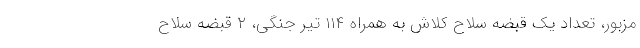
مزبور، تعداد یک قبضه سلاح کلاش به همراه ۱۱۴ تیر جنگی، ۲ قبضه سلاح